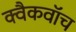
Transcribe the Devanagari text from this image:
क्वैकवॉच